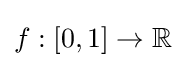
f:[0,1]\to \mathbb {R}